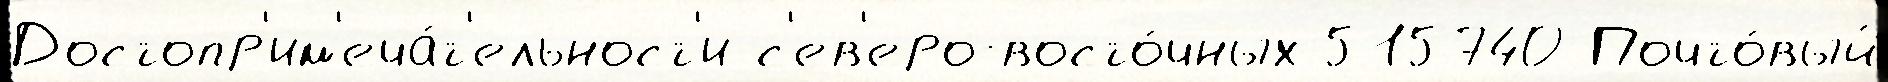
Достопр'им'еча́т'ельност'и с'ев'еро-восто́чных 515740 Почто́вый